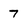
Character: 7